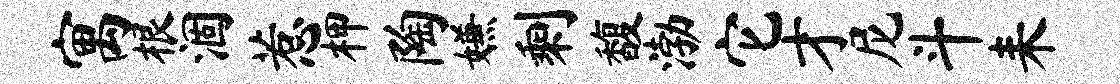
寓根涸惹柙陶嫌剩馥渤它才尼斗耒